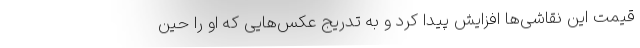
قیمت این نقاشی‌ها افزایش پیدا کرد و به تدریج عکس‌هایی که او را حین